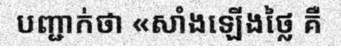
បញ្ជាក់ថា «សាំងឡើងថ្លៃ គឺ